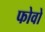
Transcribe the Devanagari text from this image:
फोवो